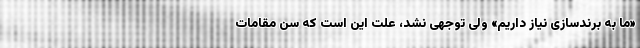
«ما به برندسازی نیاز داریم» ولی توجهی نشد، علت این است که سن مقامات